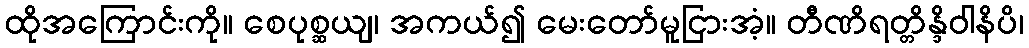
ထိုအကြောင်းကို။ စေပုစ္ဆယျ၊ အကယ်၍ မေးတော်မူငြားအံ့။ တီဏိရတ္တိန္ဒိဝါနိပိ၊